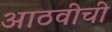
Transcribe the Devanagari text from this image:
आठवीची